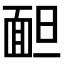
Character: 𩈍